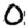
Digit: 0